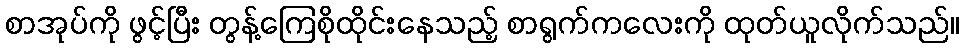
စာအုပ်ကို ဖွင့်ပြီး တွန့်ကြေစိုထိုင်းနေသည့် စာရွက်ကလေးကို ထုတ်ယူလိုက်သည်။